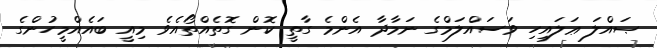
ޞައްލަ ޢަލައިހި ވަސައްލަމްގެ ނަމާދާ އެންމެ ގާތީ ކޮން ގޮތެއްތޯއެވެ މިއީ ބައެއްމީހުންގެ